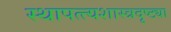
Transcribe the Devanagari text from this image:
स्थापत्त्यशास्त्रदृष्ट्या